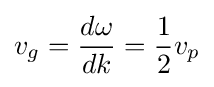
v_{g}={\frac {d\omega }{dk}}={\frac {1}{2}}v_{p}